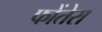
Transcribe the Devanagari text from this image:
फोंतेरा